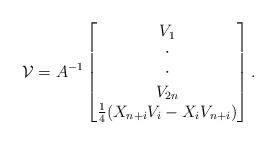
LaTeX: \begin{align*} \mathcal V=A^{-1} \begin{bmatrix} V_1 \\ \cdot\\ \cdot\\ V_{2n}\\ {{1\over 4} (X_{n+i} V_i - X_i V_{n+i})} \end{bmatrix}.\end{align*}